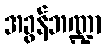
အခွန်ဘဏ္ဍာ